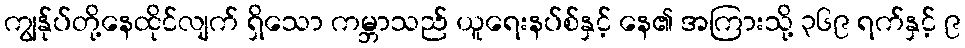
ကျွန်ုပ်တို့နေထိုင်လျက် ရှိသော ကမ္ဘာသည် ယူရေးနပ်စ်နှင့် နေ၏ အကြားသို့ ၃၆၉ ရက်နှင့် ၉